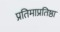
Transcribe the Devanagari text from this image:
प्रतिमाप्रतिष्ठा